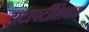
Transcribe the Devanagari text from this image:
झटापटींशिवाय